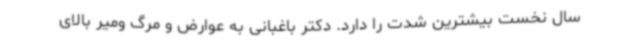
سال نخست بیشترین شدت را دارد. دکتر باغبانی به عوارض و مرگ ومیر بالای